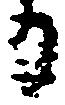
日